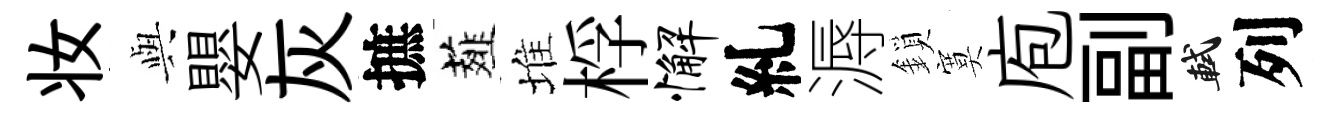
妆𫤰嬰灰摭薤堆桴懈糺溽鎖寞庖副軾列